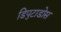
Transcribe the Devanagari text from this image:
डिपुटाडोस